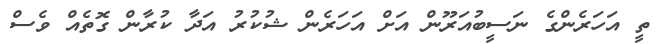
ތީ އަހަރެންގެ ނަސީބުއަރޫން އަށް އަހަރެން ޝުކުރު އަދާ ކުރާން ގޮތެއް ވެސް